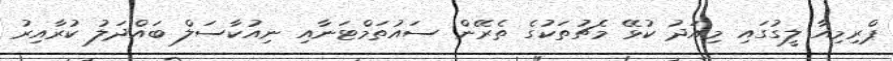
ޕްރިިމިއާ ލީގުގައި މިއަދު ކުޅޭ މެޗުތަކުގެ ތެރޭން ސައުތަމްޓަނާއި ނިއުކާސަލް ބައްދަލު ކުރާއިރު